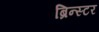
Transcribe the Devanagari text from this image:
ब्रिन्स्टर